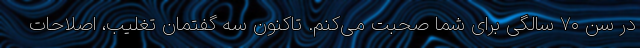
در سن ۷۰ سالگی برای شما صحبت می‌کنم. تاکنون سه گفتمان تغلیب، اصلاحات